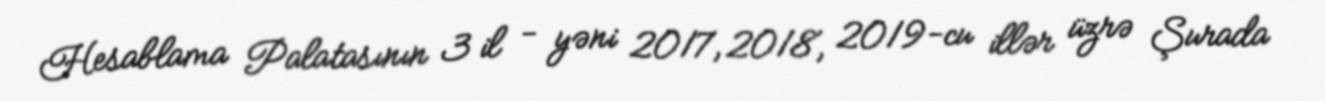
Hesablama Palatasının 3 il - yəni 2017, 2018, 2019-cu illər üzrə Şurada